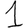
Digit: 1